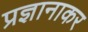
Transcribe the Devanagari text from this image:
प्रज्ञानाकर